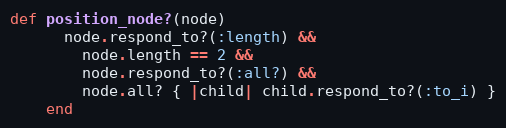
Language: Ruby
def position_node?(node)
      node.respond_to?(:length) &&
        node.length == 2 &&
        node.respond_to?(:all?) &&
        node.all? { |child| child.respond_to?(:to_i) }
    end